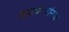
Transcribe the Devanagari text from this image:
गावकरयांनाच